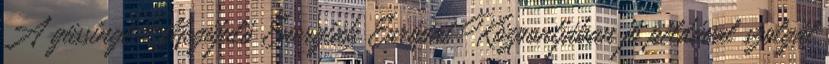
A güssingi Megújuló Energiák Európai Központjában jó példával szolgál